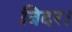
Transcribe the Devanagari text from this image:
बिदर।